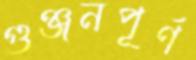
গুঞ্জনপূর্ণ